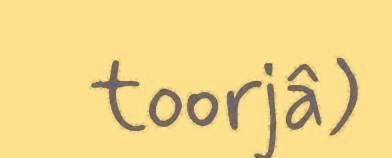
toorjâ)